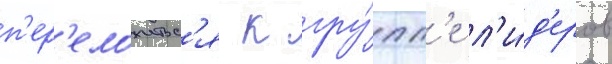
п'ер'еложитьс'я к гру́пп'е л'и́д'еров